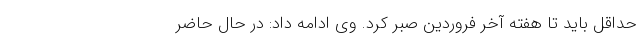
حداقل باید تا هفته آخر فروردین صبر کرد. وی ادامه داد: در حال حاضر